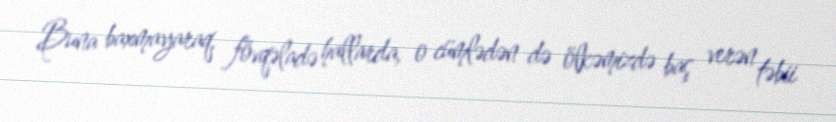
Buna baxmayaraq, fövqəladə hallarda, o cümlədən də ölkəmizdə baş verən təbii